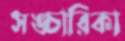
সঙ্চারিকা